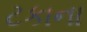
ટકાના